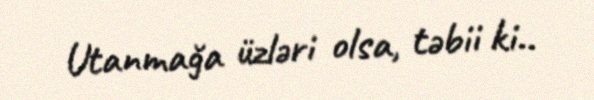
Utanmağa üzləri olsa, təbii ki..